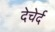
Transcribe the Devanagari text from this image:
देचेर्द